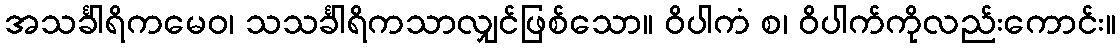
အသင်္ခါရိကမေဝ၊ သသင်္ခါရိကသာလျှင်ဖြစ်သော။ ဝိပါကံ စ၊ ဝိပါက်ကိုလည်းကောင်း။